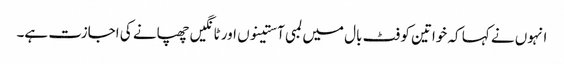
انہوں نے کہا کہ خواتین کو فٹ بال میں لمبی آستینوں اور ٹانگیں چھپانے کی اجازت ہے۔